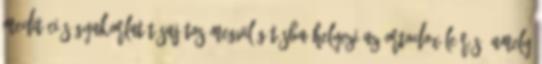
meditációs gyakorlatát sajátos megvilágításba helyezi az ortodox leírás, amely